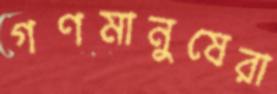
গণমানুষেরা